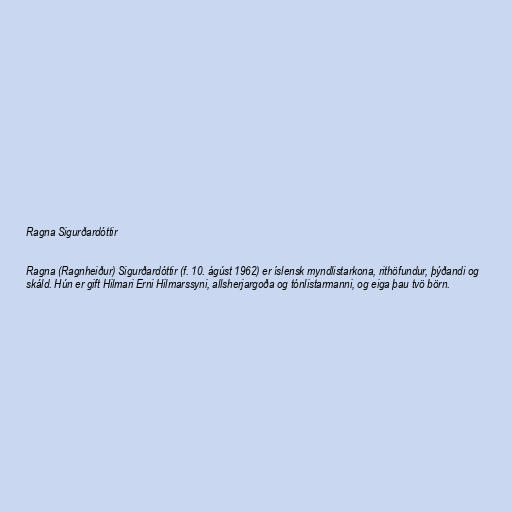
Ragna Sigurðardóttir

Ragna (Ragnheiður) Sigurðardóttir (f. 10. ágúst 1962) er íslensk myndlistarkona, rithöfundur, þýðandi og
skáld. Hún er gift Hilmari Erni Hilmarssyni, allsherjargoða og tónlistarmanni, og eiga þau tvö börn.